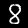
Digit: 8